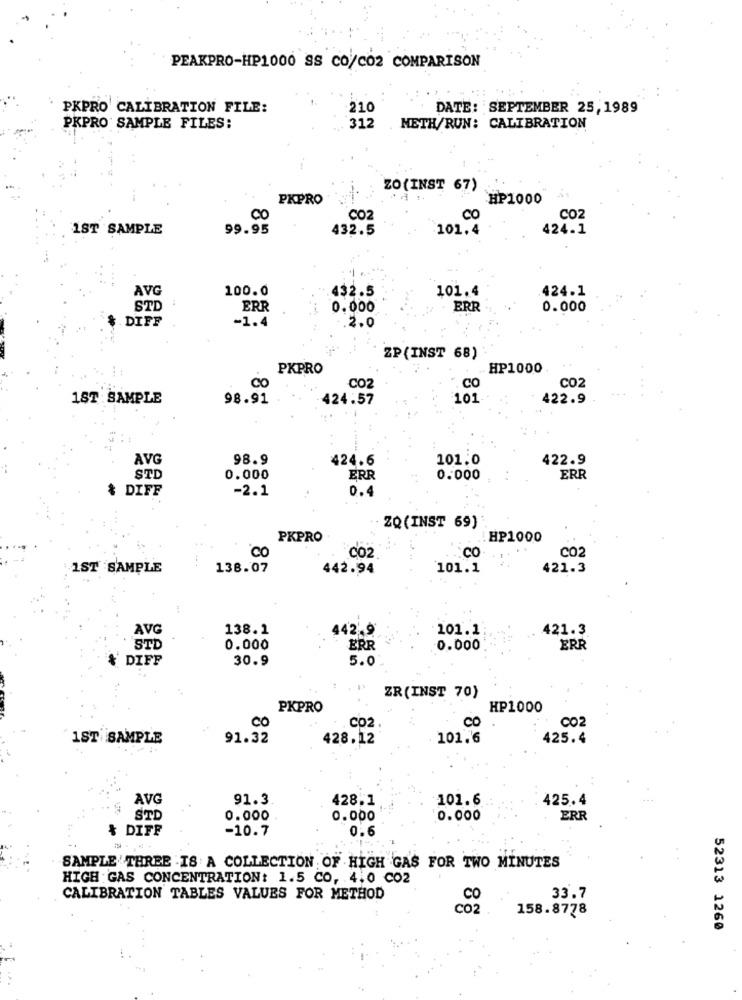
PEAKPRO-HP1000 SS CO/CO2 COMPARISON
PKPRO CALIBRATION FILE:
210
DATE: SEPTEMBER 25,1989
PKPRO SAMPLE FILES:
312
METH/RUN: CALIBRATION
ZO (INST 67)
PKPRO
HP1000
CO
CO2
CO
CO2
1ST SAMPLE
99.95
432.5
101.4
424.1
100.0
432.5
101.4
424.1
AVG
STD
ERR
0.000
ERR
0.000
DIFF
-1.4
2.0
ZP(INST 68)
PKPRO
HP1000
CO2
CO
CO2
CO
1ST :SAMPLE
98.91
424.57
101
422.9
AVG
98.9
424.6
101.0
422.9
STD
0.000
ERR
0.000
ERR
& DIFF
-2.1
0.4
ZQ (INST 69)
PKPRO
:HP1000
CO
CO2
CO
co2
1ST SAMPLE
138.07
442.94
101.1
421.3
AVG
138.1
442.9
101.1
421.3
STD
0.000
ERR
0.000
ERR
* DIFF
30.9
5.0
ZR(INST 70)
PKPRO
HP1000
CO
CO
CO2
CO2.
1ST SAMPLE
91.32
428.12
101.6
425.4
AVG
91.3
428.1
101.6
425.4
STD
0.000
0.000
0.000
ERR
& DIFF
-10.7
0.6
SAMPLE THREE . IS A COLLECTION OF HIGH GAS FOR TWO MINUTES
HIGH GAS CONCENTRATION: 1.5 CO, 4.0 CO2
CALIBRATION TABLES VALUES FOR METHOD
CO
33.7
Co2
158.8778
52313 1260